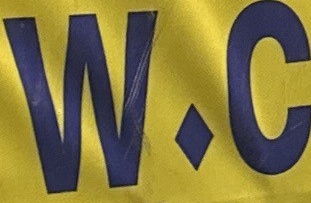
W.C